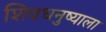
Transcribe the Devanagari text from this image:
शिवधनुष्याला